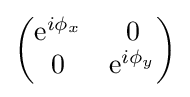
{\begin{pmatrix}{\rm {e}}^{i\phi _{x}}&0\\0&{\rm {e}}^{i\phi _{y}}\end{pmatrix}}